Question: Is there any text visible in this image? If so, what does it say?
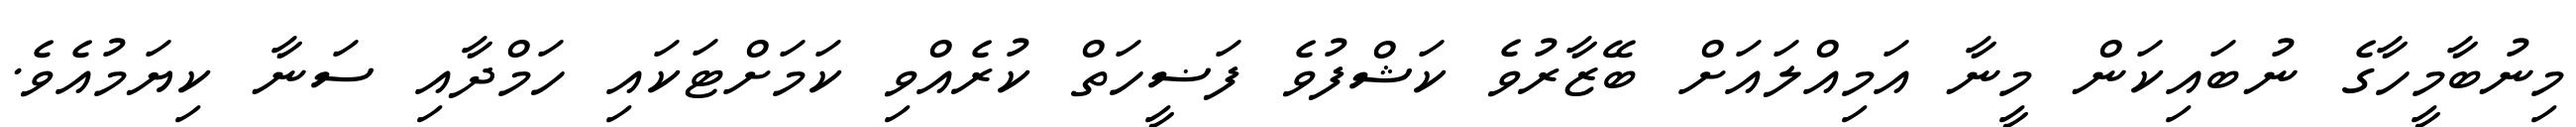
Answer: މިނުބާމީހާގެ ނުބައިކަން މީނާ އަމިއްލައަށް ބޭޒާރުވެ ކަޝްފުވެ ފަޟީހަތް ކުރެއްވި ކަމަށްޓަކައި ހަމްދާއި ސަނާ ކިޔަމުއެވެ.